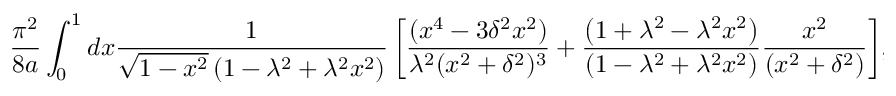
{ \frac { \pi ^ { 2 } } { 8 a } } \int _ { 0 } ^ { 1 } { d x { \frac { 1 } { \sqrt { 1 - x ^ { 2 } } \left( 1 - \lambda ^ { 2 } + \lambda ^ { 2 } x ^ { 2 } \right) } } \left[ { \frac { ( x ^ { 4 } - 3 \delta ^ { 2 } x ^ { 2 } ) } { \lambda ^ { 2 } ( x ^ { 2 } + \delta ^ { 2 } ) ^ { 3 } } } + { \frac { \left( 1 + \lambda ^ { 2 } - \lambda ^ { 2 } x ^ { 2 } \right) } { \left( 1 - \lambda ^ { 2 } + \lambda ^ { 2 } x ^ { 2 } \right) } } { \frac { x ^ { 2 } } { ( x ^ { 2 } + \delta ^ { 2 } ) } } \right] } ,